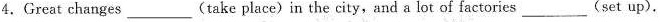
4.Great changes___(take place) in the city,and a lot of factories(set up).